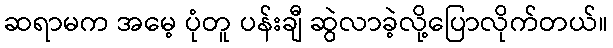
ဆရာမက အမေ့ ပုံတူ ပန်းချီ ဆွဲလာခဲ့လို့ပြောလိုက်တယ်။